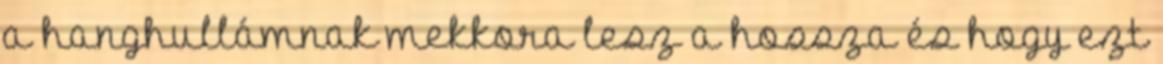
a hanghullámnak mekkora lesz a hossza és hogy ezt